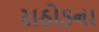
રાઠોડના